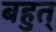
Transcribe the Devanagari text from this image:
बहुत्‌